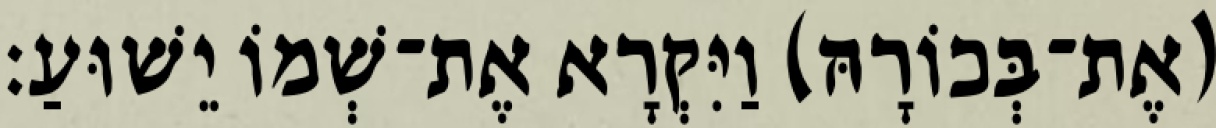
(אֶת־בְּכוֹרָהּ) וַיִּקְרָא אֶת־שְׁמוֹ יֵשׁוּעַ׃